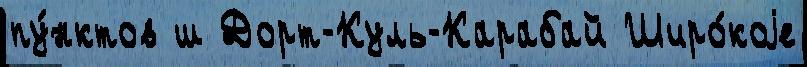
пу́нктов ш Дорт-Куль-Карабай Широ́коjе